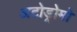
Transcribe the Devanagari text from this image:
अटोड्रोमो